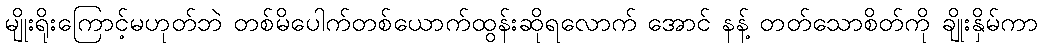
မျိုးရိုးကြောင့်မဟုတ်ဘဲ တစ်မိပေါက်တစ်ယောက်ထွန်းဆိုရလောက် အောင် နန့် တတ်သောစိတ်ကို ချိုးနှိမ်ကာ